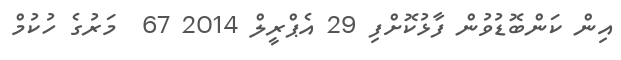
އިން ކަންބޮޑުވުން ފާޅުކޮށްފި 29 އެޕްރީލް 2014 67  މަރުގެ ހުކުމް